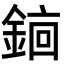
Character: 𬫫